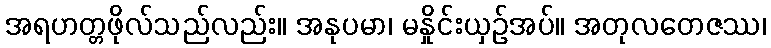
အရဟတ္တဖိုလ်သည်လည်း။ အနုပမာ၊ မနှိုင်းယှဉ်အပ်။ အတုလတေဇဿ၊